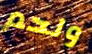
ولحم